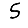
Digit: 5